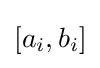
[a_{i},b_{i}]